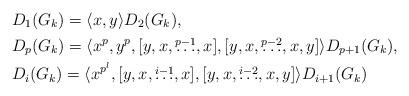
LaTeX: \begin{align*} & D_1(G_k) = \langle x,y \rangle D_2(G_k), \\ & D_p(G_k) = \langle x^p,y^p, [y,x,\overset{p-1}{\ldots},x], [y,x,\overset{p-2}{\ldots},x,y] \rangle D_{p+1}(G_k), \\ & D_i(G_k) = \langle x^{p^l}, [y,x,\overset{i-1}{\ldots},x], [y,x,\overset{i-2}{\ldots},x,y] \rangle D_{i+1}(G_k) \end{align*}